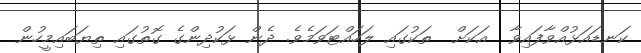
ކަނޑައަޅުއްވާފައިވާ  އަކަށް  ތަކުގައި ލަހައްޓަވަމެވެ. ދެން ޅަކުދިންގެ ގޮތުގައި ތިޔަބައިމީހުން